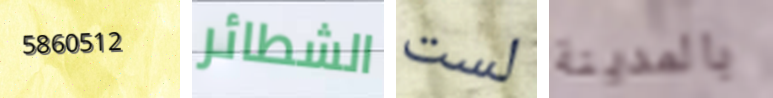
5860512 الشطائر لست بالمدينة